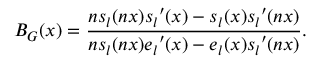
B _ { G } ( x ) = \frac { n s _ { l } ( n x ) s _ { l } \prime ( x ) - s _ { l } ( x ) s _ { l } \prime ( n x ) } { n s _ { l } ( n x ) e _ { l } \prime ( x ) - e _ { l } ( x ) s _ { l } \prime ( n x ) } .